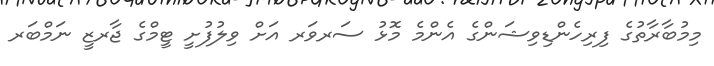
މިމުބާރާތުގެ ފިރިހެންޑިވިޝަންގެ އެންމެ މޮޅު ސަރވަރ އަށް ވިލުފުށީ ޓީމްގެ ޖާރޒީ ނަމްބަރ